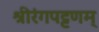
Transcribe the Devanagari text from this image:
श्रीरंगपट्टणम्